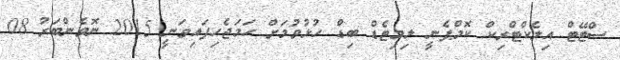
ސްޓޭޓް އިލެކްޓްރިކް ކޮމްޕެނީ ލިމިޓެޑް ބިޑް ހުޅުވުމަށް ހަމަޖެހިފައިވަނީ 2015 ނޮވެންބަރު 08